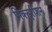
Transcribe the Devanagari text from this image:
मिक्टूरीशन